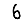
Digit: 6